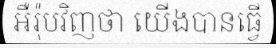
អឺរ៉ុបវិញថា យើងបានធ្វើ